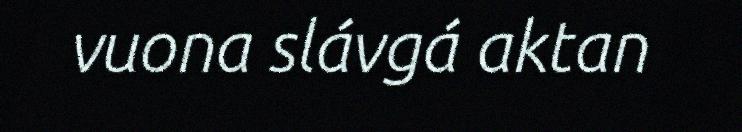
vuona slávgá aktan